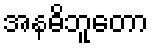
အနဓိဘူတော